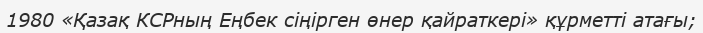
1980 «Қазақ КСРның Еңбек сіңірген өнер қайраткері» құрметті атағы;